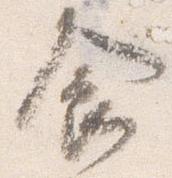
食